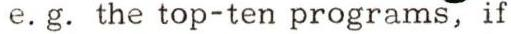
e.g. the top-ten programs, if